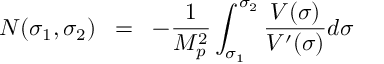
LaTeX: N ( \sigma _ { 1 } , \sigma _ { 2 } ) \; \; = \; \; - \frac { 1 } { M _ { p } ^ { 2 } } \int _ { \sigma _ { 1 } } ^ { \sigma _ { 2 } } \frac { V ( \sigma ) } { V ^ { \prime } ( \sigma ) } d \sigma